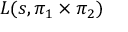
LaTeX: L ( s , \pi _ { 1 } \times \pi _ { 2 } )